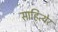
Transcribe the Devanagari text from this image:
साहित्येर